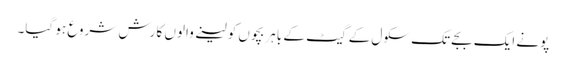
پونے ایک بجے تک سکول کے گیٹ کے باہر بچوں کو لینے والوں کا رش شروع ہو گیا۔